Calcutta medical institutions reports 1879-81 [i.e.91]
Year: 1879
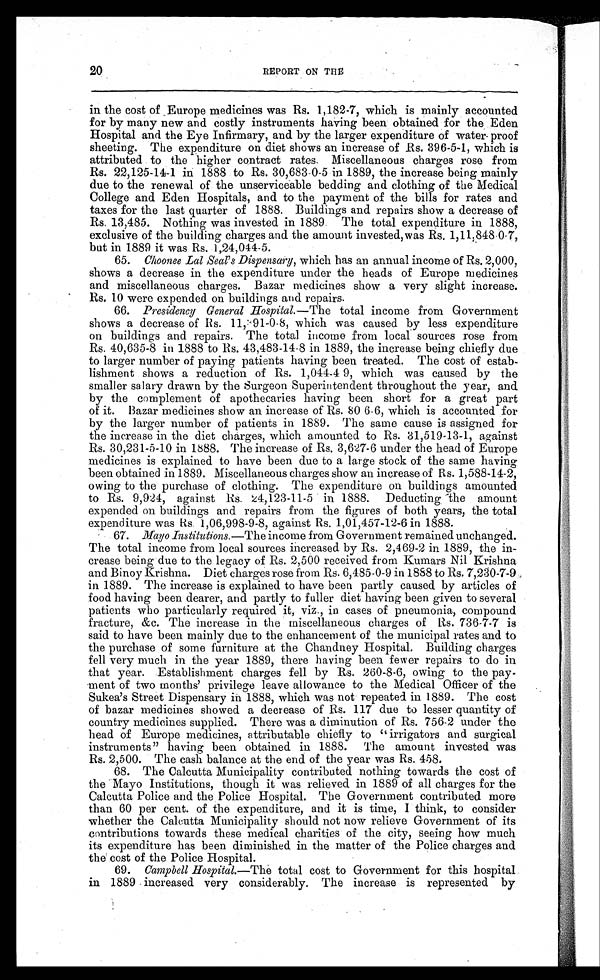
20
REPORT ON THE
in the cost of Europe medicines was Rs. 1,182-7, which is mainly accounted
for by many new and costly instruments having been obtained for the Eden
Hospital and the Eye Infirmary, and by the larger expenditure of water proof
sheeting. The expenditure on diet shows an increase of Rs. 396-5-1, which is
attributed to the higher contract rates Miscellaneous charges rose from
Rs. 22,125-14-1 in 1888 to Rs. 30,683-0-5 in 1889, the increase being mainly
due to the renewal of the unserviceable bedding and clothing of the Medical
College and Eden Hospitals, and to the payment of the bills for rates and
taxes for the last quarter of 1888. Buildings and repairs show a decrease of
Rs. 13,485. Nothing was invested in 1889. The total expenditure in 1888,
exclusive of the building charges and the amount invested,was 1,11,848.0.7,
but in 1889 it was Rs. 1,24,044-5.
65. Choonee Lal Seal’s Dispensary, which has an annual income of Rs. 2,000,
shows a decrease in the expenditure under the heads of Europe medicines
and miscellaneous charges. Bazar medicines show a very slight increase.
Rs. 10 were expended on buildings and repairs.
66. Presidency General Hospital .—The total income from Government
shows a decrease of Rs. 11,391-0-8, which was caused by less expenditure
on buildings and repairs. The total income from local sources rose from
Rs. 40,635-8 in 1888 to Rs. 43,483-14-8 in 1889, the increase being chiefly due
to larger number of paying patients having been treated. The cost of estab-
lishment shows a reduction of Rs. 1,044-4 9, which was caused by the
smaller salary drawn by the Surgeon Superintendent throughout the year, and
by the complement of apothecaries having been short for a great part
of it. Bazar medicines show an increase of Rs. 80 6-6, which is accounted for
by the larger number of patients in 1889. The same cause is assigned for
the increase in the diet charges, which amounted to Rs. 31,519-13-1, against
Rs. 30,231-5-10 in 1888. The increase of Rs. 3,627-6 under the head of Europe
medicines is explained to have been due to a large stock of the same havin
g b e e n o b t a i n e d i n 1 8 8 9 . M i s c e l l a n e o u s c h a r g e s s h o w a n i n c r e a s e o f R s . 1 , 5 8 8 - 1 4 - 2 ,
owing to the purchase of clothing. The expenditure on buildings amounted
to Rs. 9,924, against Rs. 24,123-11-5 in 1888. Deducting the amount
expended on buildings and repairs from the figures of both years, the total
expenditure was Rs. 1,06,998-9-8, against Rs. 1,01,457-12-6 in 1888.
67. Mayo Institutions .—The income from Government remained unchanged.
The total income from local sources increased by Rs. 2,469-2 in 1889, the in--
crease being due to the legacy of Rs. 2,500 received from Kumars Nil Krishna
and Binoy Krishna. Diet charges rose from Rs. 6,485-0-9 in 1888 to Rs. 7,230-7-9
in 1889. The increase is explained to have been partly caused by articles of
food having been dearer, and partly to fuller diet having been given to several
patients who particularly required it, viz., in cases of pneumonia, compound
fracture, &c. The increase in the miscellaneous charges of Rs. 736-7-7 is
said to have been mainly due to the enhancement of the municipal rates and to
the purchase of some furniture at the Chandney Hospital. Building charges
fell very much in the year 1889, there having been fewer repairs to do in
that year. Establishment charges fell by Rs. 260-8-6, owing to the pay-
ment of two months’ privilege leave allowance to the Medical Officer of the
Sukea’s Street Dispensary in 1888, which was not repeated in 1889. The cost
of bazar medicines showed a decrease of Rs. 117 due to lesser quantity of
country medicines supplied. There was a diminution of Rs. 756.2 under the
head of Europe medicines, attributable chiefly to “irrigators and surgical
instruments” having been obtained in 1888. The amount invested was
Rs. 2,500. The cash balance at the end of the year was Rs. 458.
68. The Calcutta Municipality contributed nothing towards the cost of
the Mayo Institutions, though it was relieved in 1889 of all charges for the
Calcutta Police and the Police Hospital. The Government contributed more
than 60 per cent. of the expenditure, and it is time, I think, to consider
whether the Calcutta Municipality should not now relieve Government of its
contributions towards these medical charities of the city, seeing how much
its expenditure has been diminished in the matter of the Police charges and
the cost of the Police Hospital.
69. Campbell Hospital.—The total cost to Government for this hospital
in 1889 increased very considerably. The increase is represented by